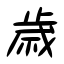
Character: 歳